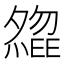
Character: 𡗃